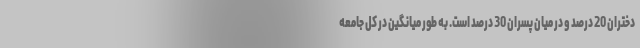
دختران 20 درصد و در میان پسران 30 درصد است. به طور میانگین در کل جامعه